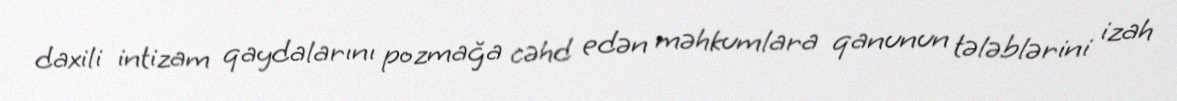
daxili intizam qaydalarını pozmağa cəhd edən məhkumlara qanunun tələblərini izah